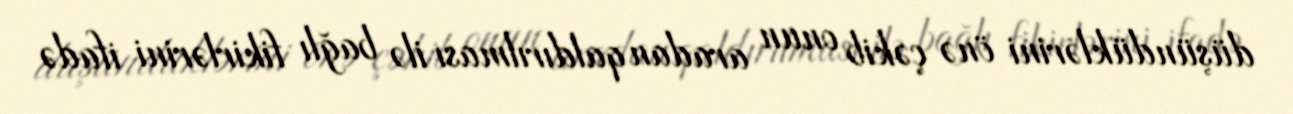
düşündüklərini önə çəkib onun aradan qaldırılması ilə bağlı fikirlərini ifadə